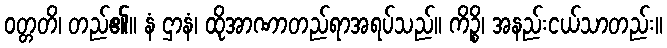
ဝတ္တတိ၊ တည်၏။ နံ ဌာနံ၊ ထိုအာဏာတည်ရာအရပ်သည်။ ကိဉ္စိ၊ အနည်းငယ်သာတည်း။